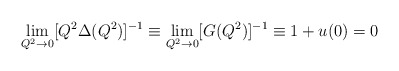
\begin{align*}\lim_{Q^2 \rightarrow 0} [Q^2 \Delta(Q^2)]^{-1} \equiv \lim_{Q^2 \rightarrow 0} [G(Q^2)]^{-1}\equiv 1+u(0) = 0\end{align*}